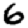
Digit: 6